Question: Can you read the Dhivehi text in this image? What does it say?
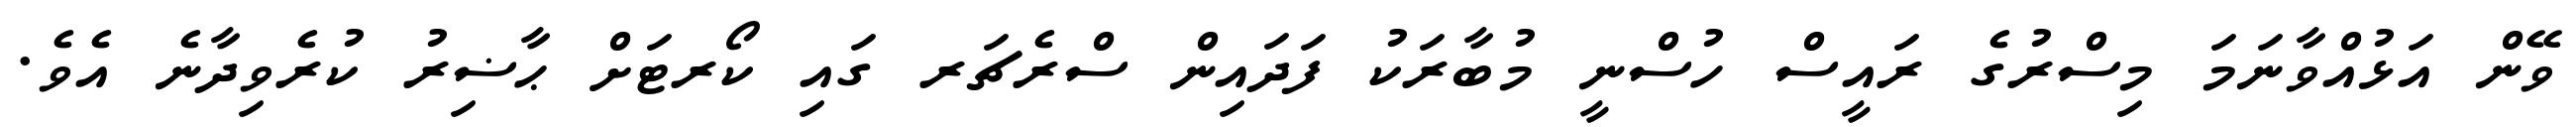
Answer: ވޭން އަޅުއްވާނަމަ މިސްރުގެ ރައީސް ހުސްނީ މުބާރަކު ފަދައިން ސްރެޗަރ ގައި ކޯރޓަށް ޙާޟިރު ކުރެވިދާނެ އެވެ.